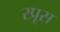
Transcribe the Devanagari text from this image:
स्‍प्रूस